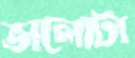
ভালোটা